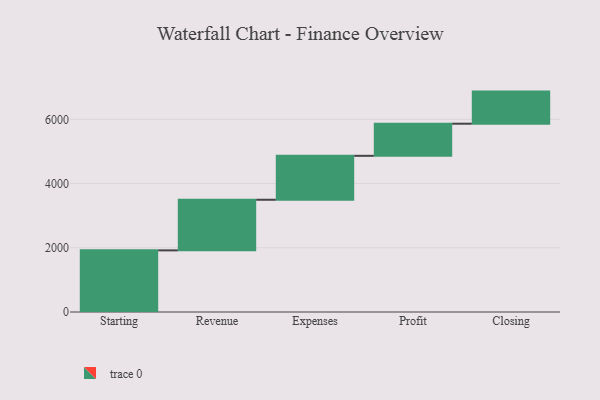
{"axis": {"x": "Step", "y": "Value"}, "legend": [""], "data": [{"x": "Starting", "y": 1919.0, "type": ""}, {"x": "Revenue", "y": 1576.0, "type": ""}, {"x": "Expenses", "y": 1368.0, "type": ""}, {"x": "Profit", "y": 1000, "type": ""}, {"x": "Closing", "y": 1000, "type": ""}]}